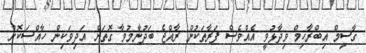
ގާސިމް އިބްރާހިމް ވިދާޅުވީ އެއްވެސް ފަރާތަކުން ރާއްޖެ ބަދުނާމުވާ ގޮތަށް އަދިވަކިން ހާއްސަކޮށް